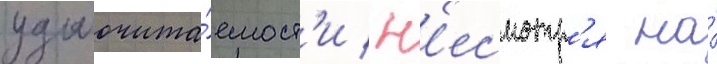
удобочита́емост'и / н'есмотр'я на́